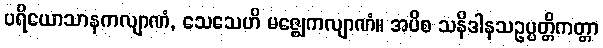
ပရိယောသာနကလျာဏံ, သေသေဟိ မဇ္ဈေကလျာဏံ။ အပိစ သနိဒါနသဥပ္ပတ္တိကတ္တာ